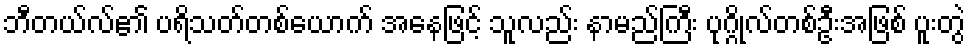
ဘီတယ်လ်၏ ပရိသတ်တစ်ယောက် အနေဖြင့် သူလည်း နာမည်ကြီး ပုဂ္ဂိုလ်တစ်ဦးအဖြစ် ပူးတွဲ